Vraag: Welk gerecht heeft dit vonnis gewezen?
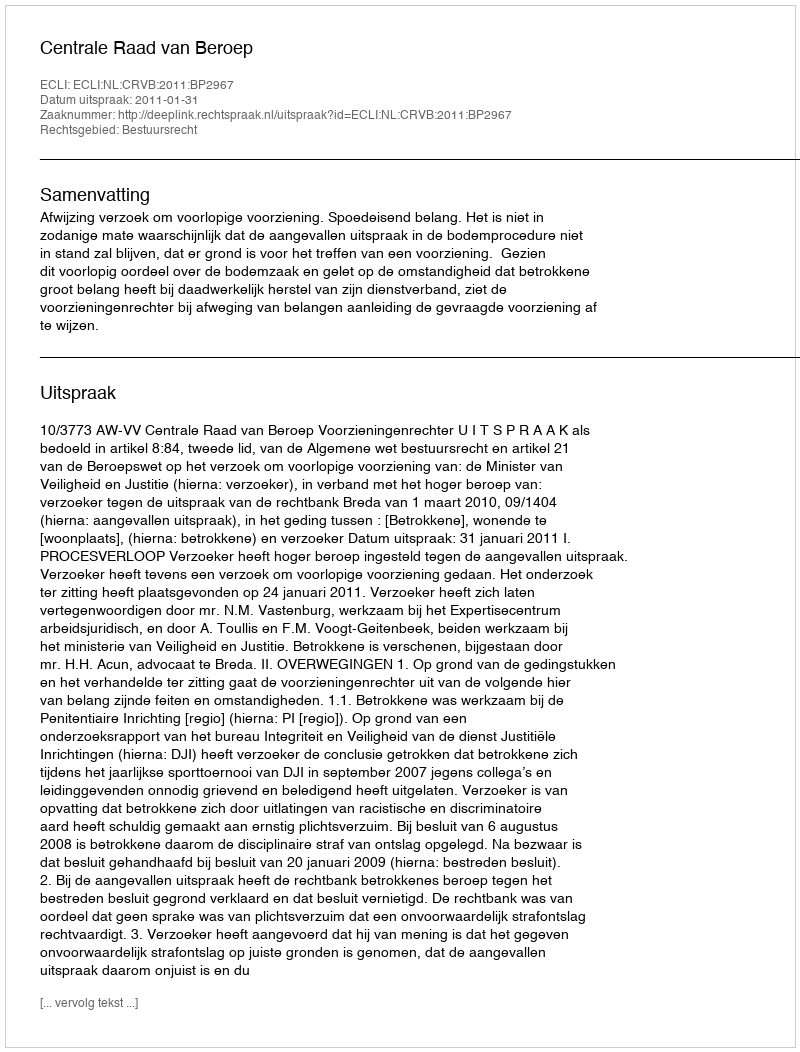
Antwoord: Centrale Raad van Beroep